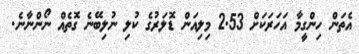
އެތަން ހިންގީމާ އަހަރަކަށް 2.53 މިލިއަން ޑޮލަރުގެ ކުލި ނުލިބޭނެ ގޮތެއް ނޯންނާނެ.